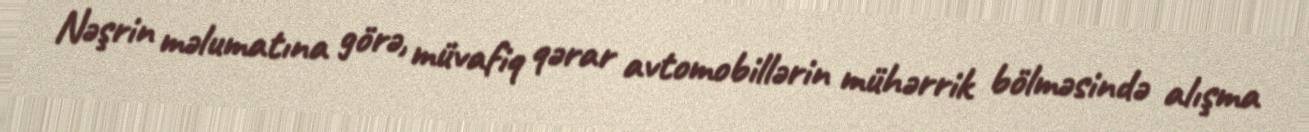
Nəşrin məlumatına görə, müvafiq qərar avtomobillərin mühərrik bölməsində alışma